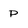
Character: P